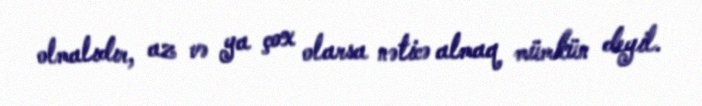
olmalıdır, az və ya çox olarsa nəticə almaq mümkün deyil.